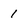
Character: 1